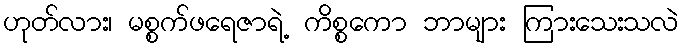
ဟုတ်လား၊ မစ္စက်ဖရေဇာရဲ့ ကိစ္စကော ဘာများ ကြားသေးသလဲ